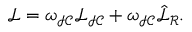
\mathcal { L } = \omega _ { \mathcal { I C } } \mathcal { L } _ { \mathcal { I C } } + \omega _ { \mathcal { I C } } \hat { \mathcal { L } } _ { \mathcal { R } } .